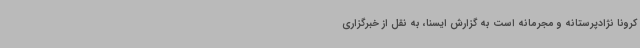
کرونا نژادپرستانه و مجرمانه است به گزارش ایسنا، به نقل از خبرگزاری